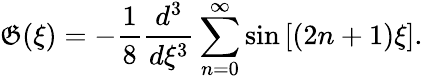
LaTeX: \mathfrak{G}(\xi)=-\frac{{1}}{{8}}\frac{{d^{3}}}{{d\xi^{3}}}\sum_{n=0}^{\infty}\sin\left[\left(2n+1\right)\xi\right].